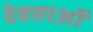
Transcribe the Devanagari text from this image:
देवताअाें